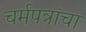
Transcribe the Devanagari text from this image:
चर्मपत्रांचा